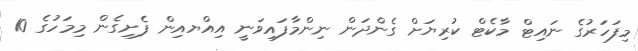
މިފަހަރުގެ ނައިޓް މާކެޓް ކުރިޔަށް ގެންދަން ނިންމާފައިވަނީ އިއްޔއިން ފެށިގެން މިމަހުގެ 10